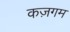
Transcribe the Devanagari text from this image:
कज़गम